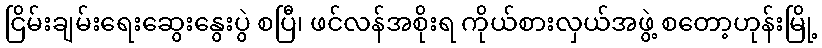
ငြိမ်းချမ်းရေးဆွေးနွေးပွဲ စပြီ၊ ဖင်လန်အစိုးရ ကိုယ်စားလှယ်အဖွဲ့ စတော့ဟုန်းမြို့